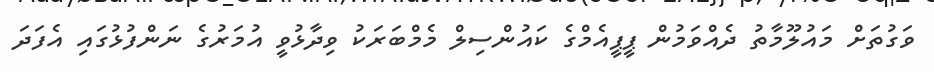
ވަގުތަށް މައުލޫމާތު ދެއްވަމުން ޕީޕީއެމްގެ ކައުންސިލް މެމްބަރަކު ވިދާޅުވީ އުމަރުގެ ނަންފުޅުގައި އެފަދަ